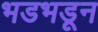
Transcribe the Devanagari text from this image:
भडभडून